Code of medical and sanitary regulations for the guidance of medical officers serving in the Madras Presidency - Volume II
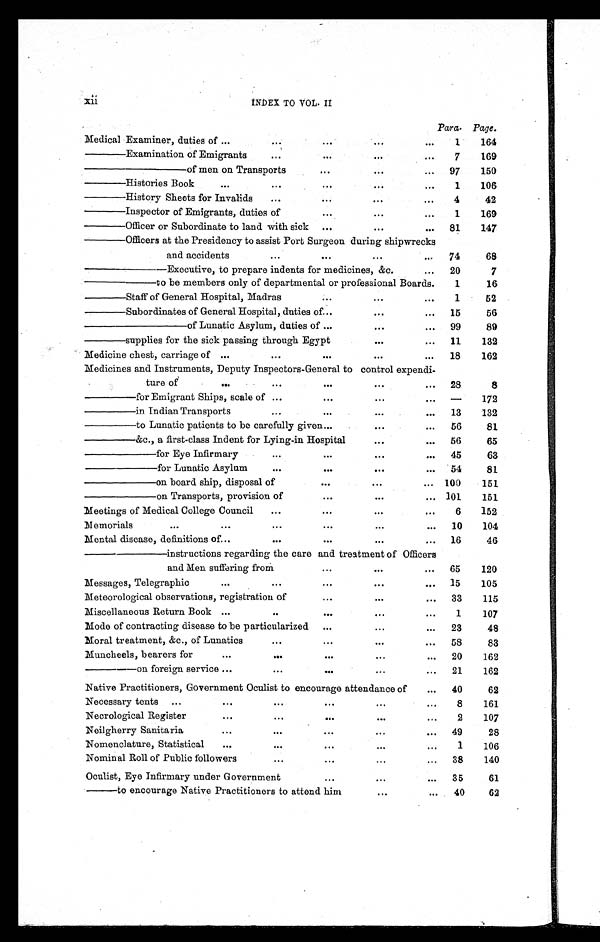
INDEX TO VOL. II xii
Para. Page.
Medical Examiner, duties of ...
. . . ...
. . .
...
1
164
———— Examination of Emigrants
...
. . .
. . .
...
7
169
————————— of men on Transports
. . .
. . .
... 97
150
———— Histories Book
. . .
. . .
. . .
. . .
...
1
106
———— History Sheets for Invalids
...
. . .
. . .
. . .
4
42
———— Inspector of Emigrants, duties of
. . .
. . .
. . . 1
169
———— Officer or Subordinate to land with sick ...
. . .
. . . 81
147
———— Officers at the Presidency to assist Port Surgeon during shipwrecks
and accidents
. . .
. . .
. . .
. . .
74
68
———————— Executive, to prepare indents for medicines, &c.
... 20
7
— — — — — — — t o b e m e m b e r s o n l y o f d e p a r t m e n t a l o r p r o f e s s i o n a l
Boards.
1
16
———— Staff of General Hospital, Madras
...
. . .
. . .
1
52
———— Subordinates of General Hospital, duties of . . .
. . .
... 15
56
—————————— of Lunatic Asylum, duties of ...
. . .
. . . 99
89
———— supplies for the sick passing through Egypt
. . .
... 11
132
Medicine chest, carriage of ...
. . .
. . .
. . .
. . . 18
162
Medicines and Instruments, Deputy Inspectors-General to control expendi-
ture of
. . .
. . .
. . .
. . .
. . . 28
8
———— for Emigrant Ships, scale of ...
. . .
...
. . .
—
172
———— in Indian Transports
. . .
. . .
. . .
... 13
132
———— to Lunatic patients to be carefully given ...
. . .
... 56
81
———— &c., a first-class Indent for Lying-in Hospital
. . .
... 56
65
—————— for Eye Infirmary
. . .
. . .
. . .
. . . 45
63
—————— for Lunatic Asylum
. . .
. . .
...
... 54
81
—————— on board ship, disposal of
. . .
. . .
... 100
151
—————— on Transports, provision of
. . .
. . .
... 101
151
Meetings of Medical College Council
...
. . .
. . .
. . .
6
152
Memorials
...
. . .
. . .
. . .
...
... 10
104
Mental disease, definitions of ...
...
. . .
. . .
... 16
46
———————— instructions regarding the care and treatment of Officers
and Men suffering from
...
. . .
... 65
120
Messages, Telegraphic
. . .
...
. . .
. . .
... 15
105
Meteorological observations, registration of
. . .
. . .
. . . 33
115
Miscellaneous Return Book ...
..
. . .
. . .
. . .
1
107
Mode of contracting disease to be particularized ...
. . .
. . . 23
48
Moral treatment, &c., of Lunatics
. . .
. . .
. . .
. . . 58
83
Muncheels, bearers for
. . .
...
. . .
...
... 20
162
— — — — o n f o r e i g n s e r v i c e ...
. . .
. . .
. . .
... 21
162
Native Practitioners, Government Oculist to encourage attendance of
... 40
62
Necessary tents ...
...
. . . ...
. . .
...
8
161
Necrological Register
...
. . .
. . . . . .
. . .
2
107
Neilgherry Sanitaria
...
. . .
. . .
. . .
... 49
28
Nomenclature, Statistical
...
...
...
. . .
. . .
1
106
Nominal Roll of Public followers
. . .
. . .
...
... 38
140
Oculist, Eye Infirmary under Government
. . .
. . .
. . . 35
61
——— to encourage Native Practitioners to attend him
...
. . . 40
62